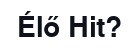
Élő Hit?